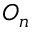
O _ { n }